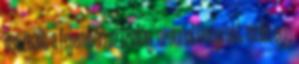
összeállt a fejemben az ízvilág, azonnal beugrott mellé egy